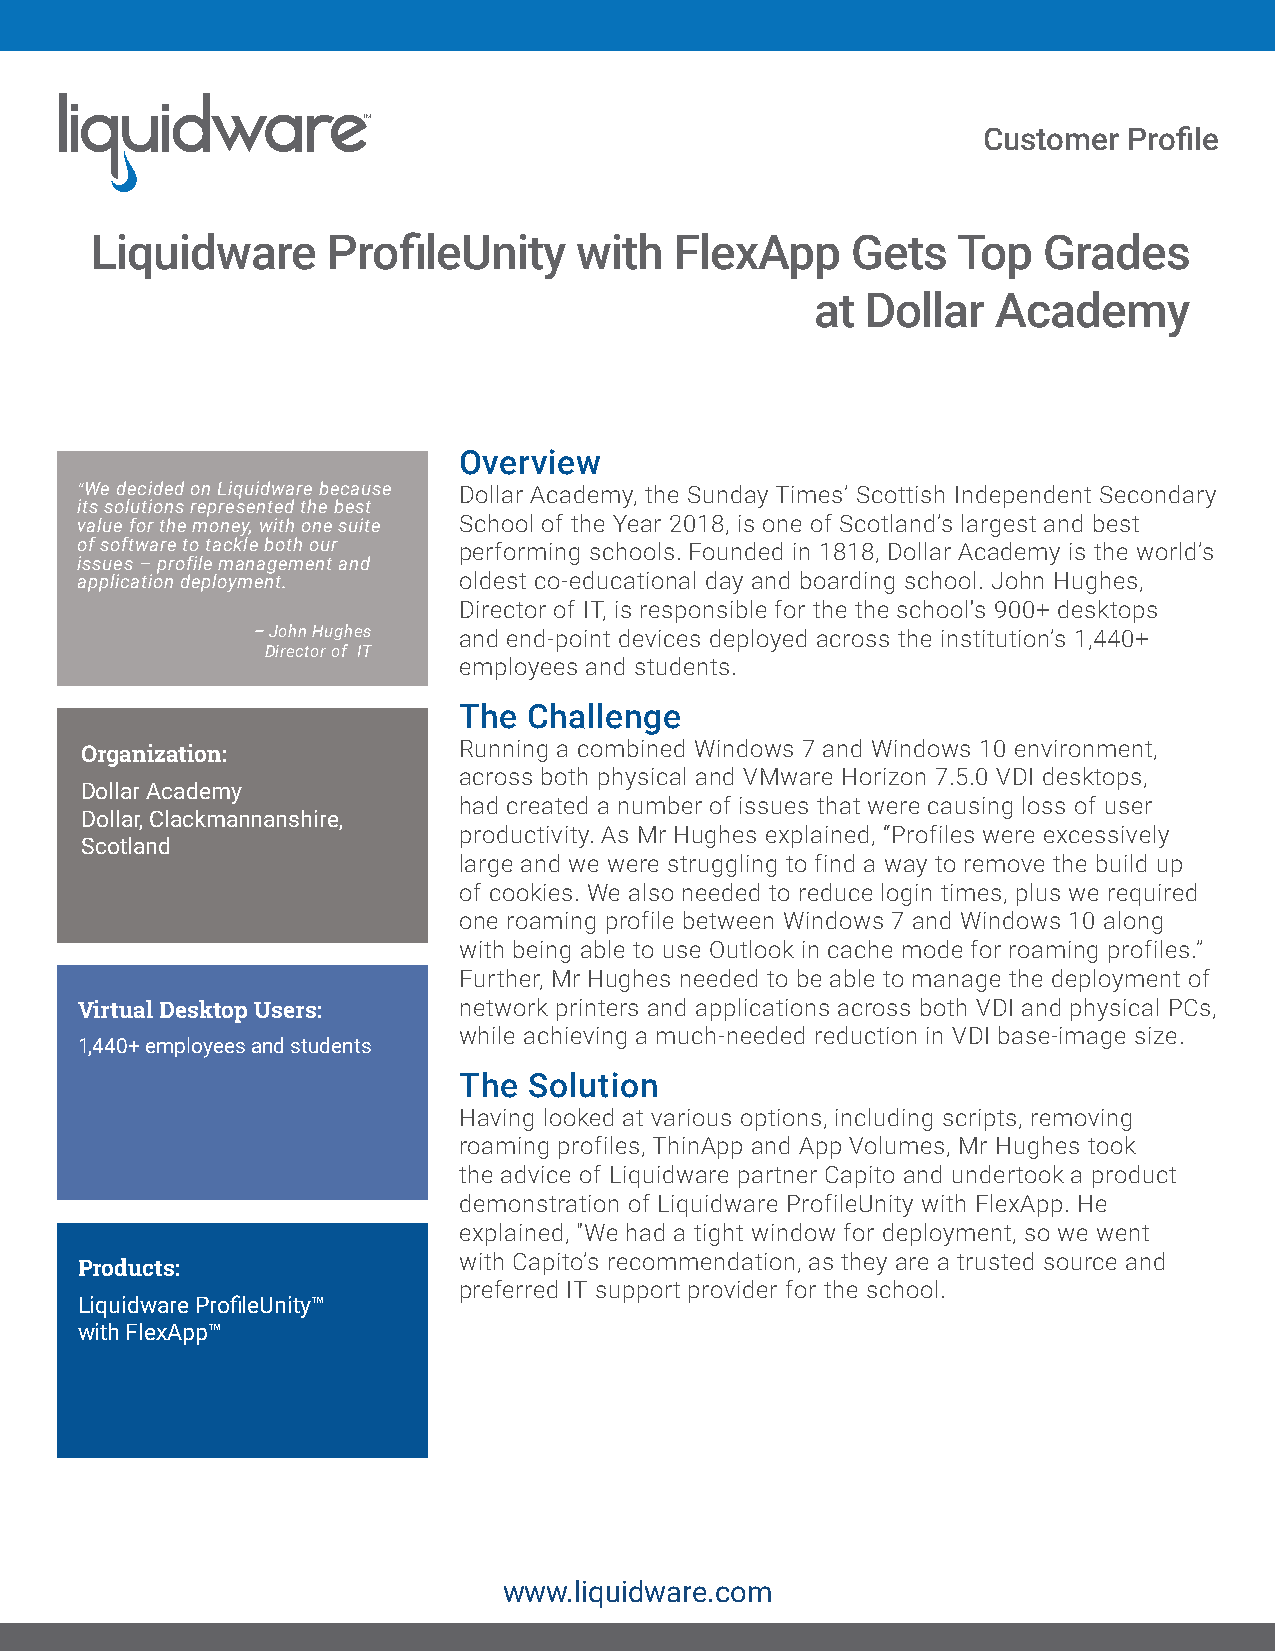
Customer  Profi le
 Liquidware      Profi leUnity   with   FlexApp    Gets   Top   Grades
 at Dollar   Academy
 Overview
 “We decided on Liquidware because Dollar Academy, the Sunday Times’ Scottish Independent Secondary
 its solutions represented the best
 value for the money, with one suite School of the Year 2018, is one of Scotland’s largest and best
 of software to tackle both our performing schools. Founded in 1818, Dollar Academy is the world’s
 issues – profile management and
 application deployment.  oldest co-educational day and boarding school. John Hughes,
 Director of IT, is responsible for the the school's 900+ desktops
 – John Hughes and end-point devices deployed across the institution’s 1,440+
 Director of IT
 employees and students.
 The  Challenge
 Running a combined Windows 7 and Windows 10 environment,
 Organization:
 across both physical and VMware Horizon 7.5.0 VDI desktops,
 Dollar Academy
 had created a number of issues that were causing loss of user
 Dollar, Clackmannanshire,
 productivity. As Mr Hughes explained, “Profiles were excessively
 Scotland
 large and we were struggling to find a way to remove the build up
 of cookies. We also needed to reduce login times, plus we required
 one roaming profile between Windows 7 and Windows 10 along
 with being able to use Outlook in cache mode for roaming profiles.”
 Further, Mr Hughes needed to be able to manage the deployment of
 Virtual Desktop Users:   network printers and applications across both VDI and physical PCs,
 while achieving a much-needed reduction in VDI base-image size.
 1,440+ employees and students
 The  Solution
 Having looked at various options, including scripts, removing
 roaming profiles, ThinApp and App Volumes, Mr Hughes took
 the advice of Liquidware partner Capito and undertook a product
 demonstration of Liquidware ProfileUnity with FlexApp. He
 explained, "We had a tight window for deployment, so we went
 with Capito’s recommendation, as they are a trusted source and
 Products:
 preferred IT support provider for the school.
 Liquidware Profi leUnity™
 with FlexApp™
 www.liquidware.com